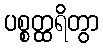
ပစ္စတ္ထရိတွာ